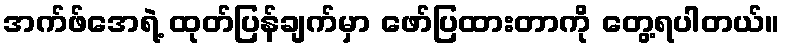
အက်ဖ်အေရဲ့ ထုတ်ပြန်ချက်မှာ ဖော်ပြထားတာကို တွေ့ရပါတယ်။